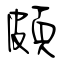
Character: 頗